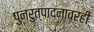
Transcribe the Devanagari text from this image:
पुनरुत्पादनावरही